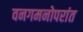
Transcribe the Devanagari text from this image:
वनगमनोपरांत